Report on sanitation, dispensaries, and jails in Rajputana for 1909, and on vaccination for the year 1909-1910 - 1909-1910
Year: 1909
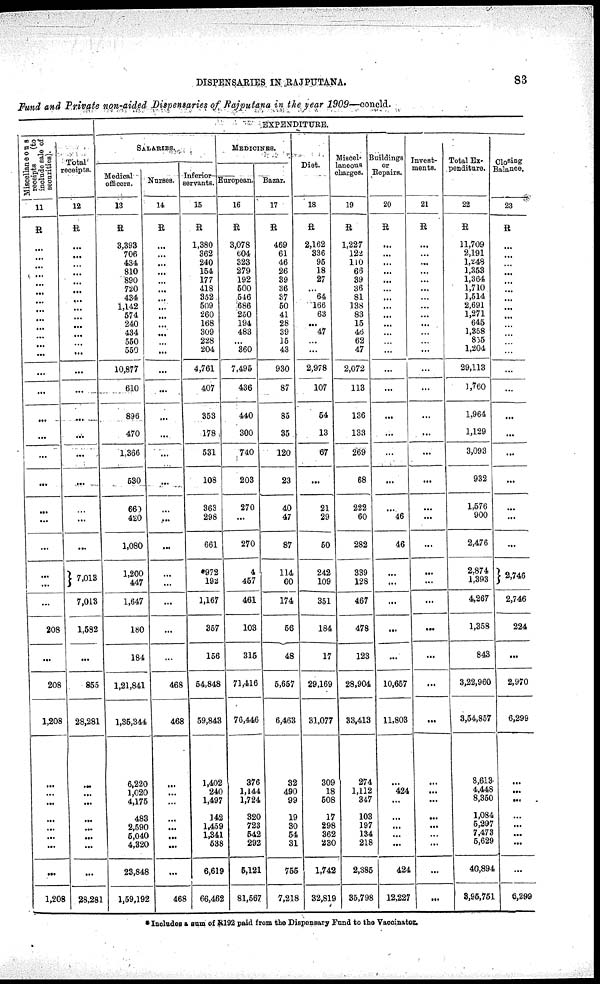
DISPENSARIES IN RAJPUTANA.
83
Fund and Private non-aided Dispensaries of Rajputana in the year 1909—concld.
Miscellaneous
receipts
(to
include sale of
securities).
11
R
...
...
...
...
...
...
...
...
...
...
...
...
...
...
...
...
...
...
...
...
...
...
...
...
...
208
...
208
1,208
...
...
...
...
...
...
...
...
1,208
Total
receipts.
12
R
...
...
...
...
...
...
...
...
...
...
...
...
...
...
...
...
...
...
...
...
...
...
7,013
7,013
1,582
...
855
28,281
...
...
...
...
...
...
...
...
28,281
EXPENDITURE.
SALARIES.
Medical
officers.
13
R
3,393
706
434
810
890
720
434
1,142
574
240
434
550
550
10,877
610
896
470
1,366
530
660
420
1,080
1,200
447
1,647
180
184
1,21,841
1,35,344
6,220
1,020
4,175
483
2,590
5,040
4,320
23,848
1,59,192
Nurses.
14
R
...
...
...
...
...
...
...
...
...
...
...
...
...
...
...
...
...
...
...
...
...
...
...
...
...
...
...
468
468
...
...
...
...
...
...
...
...
468
Inferior
servants.
15
R
1,380
362
240
154
177
418
352
509
260
168
309
228
204
4,761
407
353
178
531
108
363
298
661
*972
192
1,167
357
156
54,848
59,843
1,402
240
1,497
142
1,459
1,341
538
6,619
66,462
MEDICINES.
European.
16
R
3,078
604
323
279
192
500
546
686
250
194
483
...
360
7,495
436
440
300
740
203
270
...
270
4
457
461
103
315
71,416
76,446
376
1,144
1,724
320
723
542
292
5,121
81,567
Bazar.
17
R
469
61
46
26
39
36
37
50
41
28
39
15
43
930
87
85
35
120
23
40
47
87
114
60
174
56
48
5,657
6,463
32
490
99
19
30
54
31
755
7,218
Diet.
18
R
2,162
336
95
18
27
...
64
166
63
...
47
...
...
2,978
107
54
13
67
...
21
29
50
242
109
351
184
17
29,169
31,077
309
18
508
17
298
362
230
1,742
32,819
Miscel¬
laneous
charges.
19
R
1,227
122
110
66
39
36
81
138
83
15
46
62
47
2,072
113
136
133
269
68
222
60
282
339
128
467
478
123
28,904
33,413
274
1,111
347
103
197
134
218
2,385
35,798
Buildings
or
Repairs.
20
R
...
...
...
...
...
...
...
...
...
...
...
...
...
...
...
...
...
...
...
...
46
46
...
...
...
...
...
10,657
11,803
...
424
...
...
...
...
...
424
12,227
Invest-
ments.
21
R
...
...
...
...
...
...
...
...
...
...
...
...
...
...
...
...
...
...
...
...
...
...
...
...
...
...
...
...
...
...
...
...
...
...
...
...
...
...
Total Ex-
penditure.
22
R
11,709
2,191
1,248
1,353
1,364
1,710
1,514
2,691
1,271
645
1,358
835
1,204
29,113
1,760
1,964
1,129
3,093
932
1,576
900
2,476
2,874
1,393
4,267
1,358
843
3,22,960
3,54,857
8,613
4,448
8,350
1,084
5,297
7,473
5,629
40,894
3,95,751
Closing
Balance.
23
R
...
...
...
...
...
...
...
...
...
...
...
...
...
...
...
...
...
...
...
...
...
...
2,746
2,746
224
...
2,970
6,299
...
...
...
...
...
...
...
...
6,299
* Includes a sum of R192 paid from the Dispensary Fund to the Vaccinator.